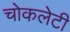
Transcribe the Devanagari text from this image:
चोकलेटी